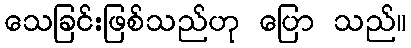
သေခြင်းဖြစ်သည်ဟု ပြော သည်။